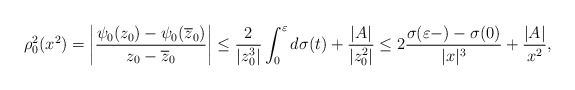
\begin{align*} \rho_0^2(x^2)= \left|\frac{\psi_0(z_0) - \psi_0(\overline z_0)}{z_0 - \overline z_0}\right| \le \frac 2{|z_0^3|}\int_0^\varepsilon d\sigma(t) + \frac{|A|}{|z_0^2|} \le 2\frac {\sigma(\varepsilon-)-\sigma(0)}{|x|^3} + \frac{|A|}{x^2}, \end{align*}